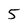
Character: 5